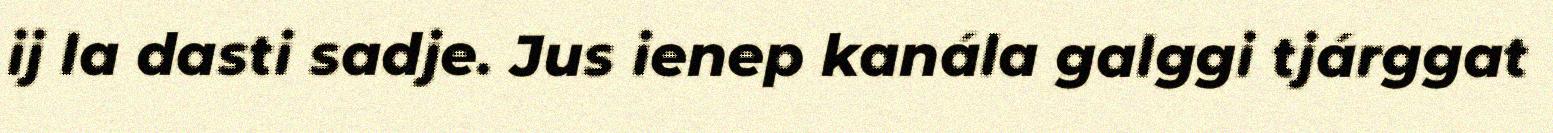
ij la dasti sadje. Jus ienep kanála galggi tjárggat